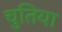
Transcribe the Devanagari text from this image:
चुतिया